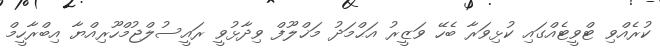
ކުރެއްވި ޓްވީޓެއްގައި ކުޅިވަރާ ބެހޭ ވަޒީރު އަޙްމަދު މަޚްލޫފް ވިދާޅުވީ ރައީސުލްޖުމްހޫރިއްޔާ އިބްރާހީމް